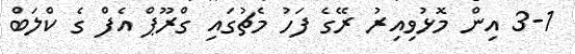
3-1 އިން މޮޅުވިއިރު ރޭގެ ފަހު މެޗުގައި ގްރޫޕް އެފް ގެ ކްލަބް